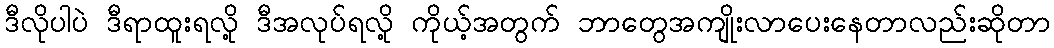
ဒီလိုပါပဲ ဒီရာထူးရလို့ ဒီအလုပ်ရလို့ ကိုယ့်အတွက် ဘာတွေအကျိုးလာပေးနေတာလည်းဆိုတာ